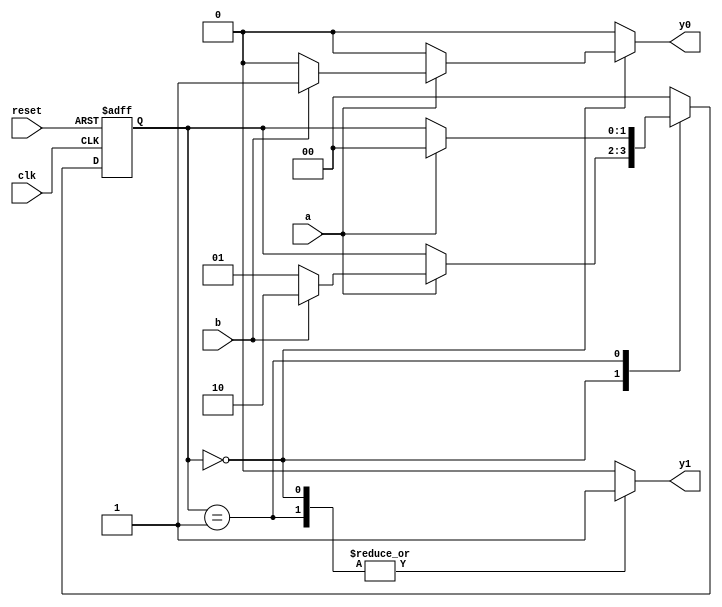
// Listing 5.2
module fsm_eg_2_seg
   (
    input wire  clk, reset,
    input wire  a, b,
    output reg y0, y1
   );

   // symbolic state declaration
   localparam [1:0] s0 = 2'b00,
                    s1 = 2'b01,
                    s2 = 2'b10;
   // signal declaration
   reg [1:0] state_reg, state_next;

   // state register
    always @(posedge clk, posedge reset)
       if (reset)
          state_reg <= s0;
       else
          state_reg <= state_next;

   // next-state logic and output logic
   always @*
   begin
      state_next = state_reg; // default next state: the same
      y1 = 1'b0;              // default output: 0
      y0 = 1'b0;              // default output: 0
      case (state_reg)
         s0: begin
                y1 = 1'b1;
                if (a)
                   if (b)
                      begin
                         state_next = s2;
                         y0 = 1'b1;
                      end
                   else
                      state_next = s1;
             end
         s1: begin
               y1 = 1'b1;
               if (a)
                 state_next = s0;
             end
         s2: state_next = s0;
         default: state_next = s0;
      endcase
   end
endmodule